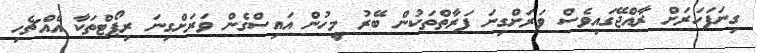
ގިނަފަހަރަށް ރާއްޖޭގައިވެސް ވަރަށްގިނަ ފަރާތްތަކުން ބޭރު މީހުން އައިސްގެން ވަރަށްގިނަ ރިޕޯޓްތަކާ އެއްޗެހި